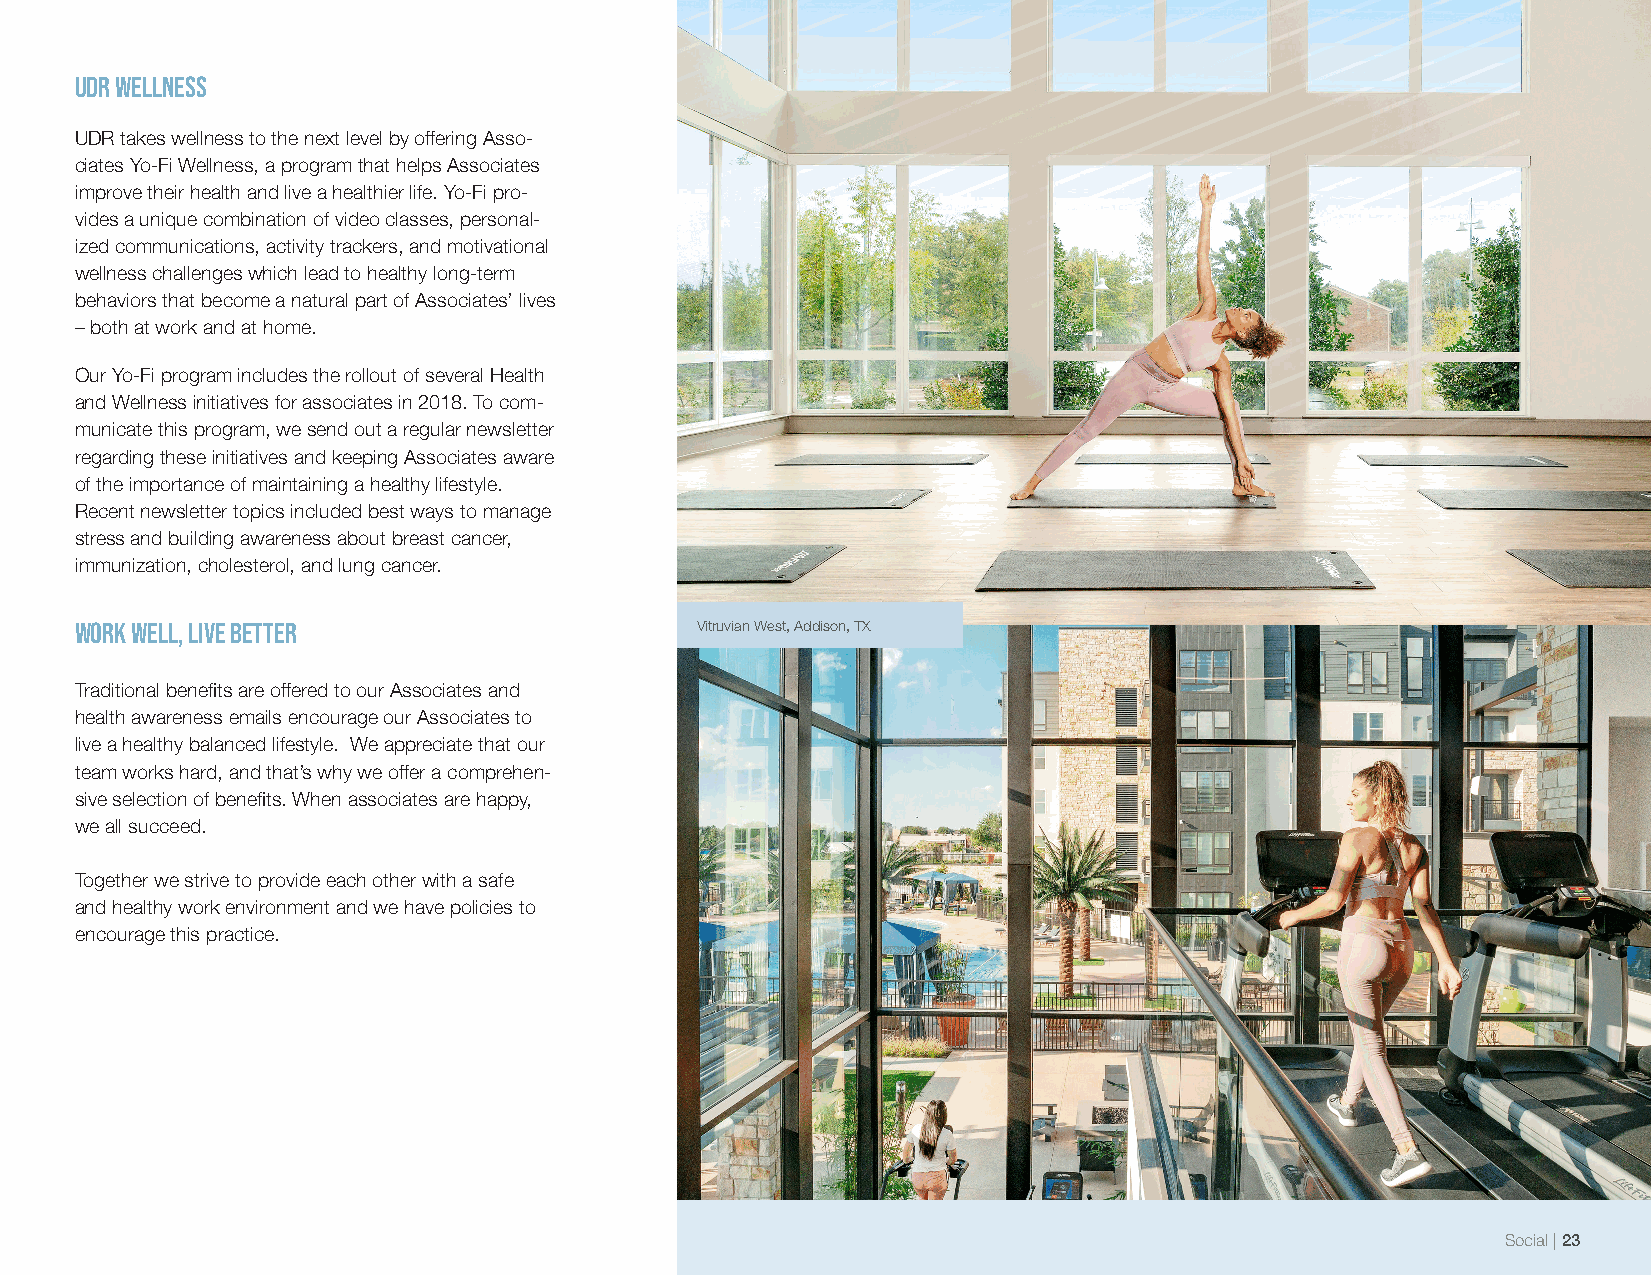
UDR Wellness
 UDR takes wellness to the next level by offering Asso-
 ciates Yo-Fi Wellness, a program that helps Associates
 improve their health and live a healthier life. Yo-Fi pro-
 vides a unique combination of video classes, personal-
 ized communications, activity trackers, and motivational
 wellness challenges which lead to healthy long-term
 behaviors that become a natural part of Associates’ lives
 – both at work and at home.
 Our Yo-Fi program includes the rollout of several Health
 and Wellness initiatives for associates in 2018. To com-
 municate this program, we send out a regular newsletter
 regarding these initiatives and keeping Associates aware
 of the importance of maintaining a healthy lifestyle.
 Recent newsletter topics included best ways to manage
 stress and building awareness about breast cancer,
 immunization, cholesterol, and lung cancer.
 Work Well, Live Better                   Vitruvian West, Addison, TX
 Traditional benefits are offered to our Associates and
 health awareness emails encourage our Associates to
 live a healthy balanced lifestyle. We appreciate that our
 team works hard, and that’s why we offer a comprehen-
 sive selection of benefits. When associates are happy,
 we all succeed.
 Together we strive to provide each other with a safe
 and healthy work environment and we have policies to
 encourage this practice.
 Social | 23